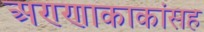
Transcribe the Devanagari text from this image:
अण्णाकाकांसह